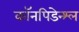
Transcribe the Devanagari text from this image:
कॉनपिडेन्श्ल